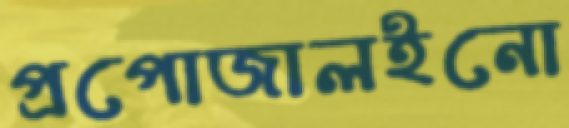
প্রপোজালইনো